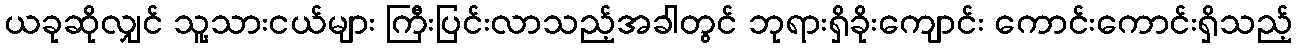
ယခုဆိုလျှင် သူ့သားငယ်များ ကြီးပြင်းလာသည့်အခါတွင် ဘုရားရှိခိုးကျောင်း ကောင်းကောင်းရှိသည့်